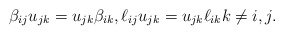
\begin{gather*}\beta_{ij} u_{jk} =u_{jk} \beta_{ik},\ell_{ij} u_{jk} =u_{jk} \ell_{ik} k \not= i,j.\end{gather*}